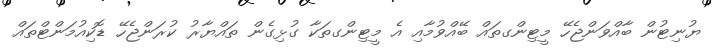
ޔުނިޓުން ބާއްވަންޖެހޭ މީޓިންގތައް ބޭއްވުމާއި އެ މީޓިންގތަކާ ގުޅިގެން ތައްޔާރު ކުރަންޖެހޭ ޑޮކިއުމަންޓްތައް